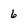
Character: 6